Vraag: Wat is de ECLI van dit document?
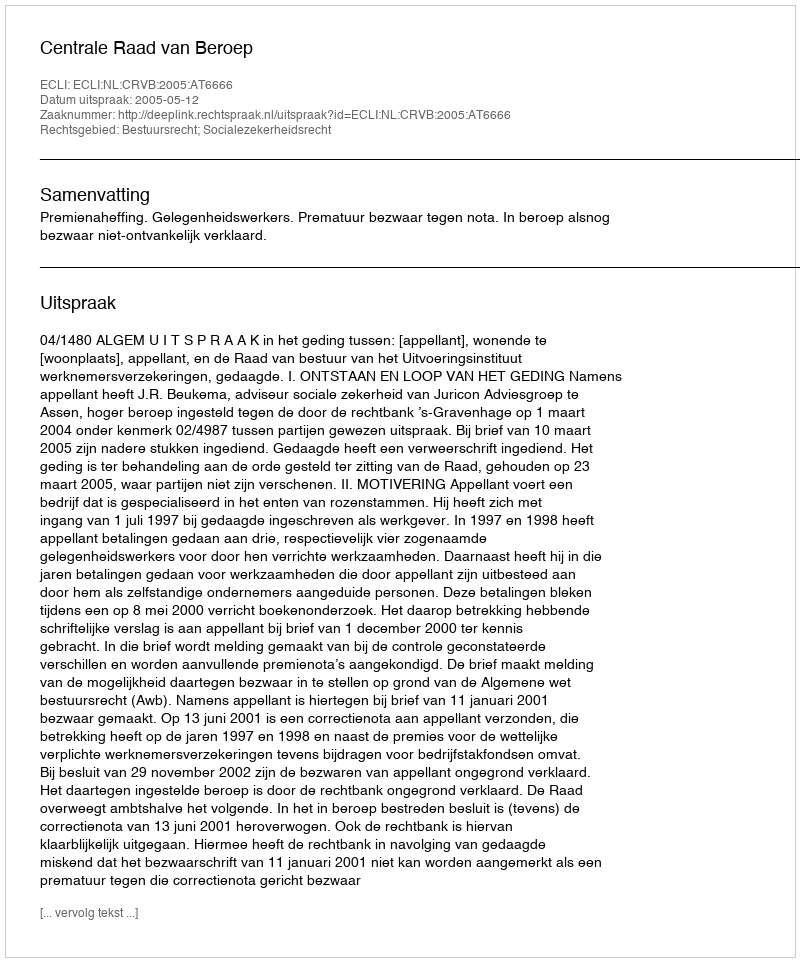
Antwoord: ECLI:NL:CRVB:2005:AT6666